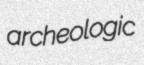
archeologic